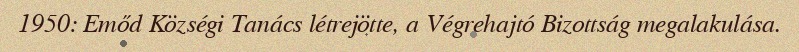
1950: Emőd Községi Tanács létrejötte, a Végrehajtó Bizottság megalakulása.